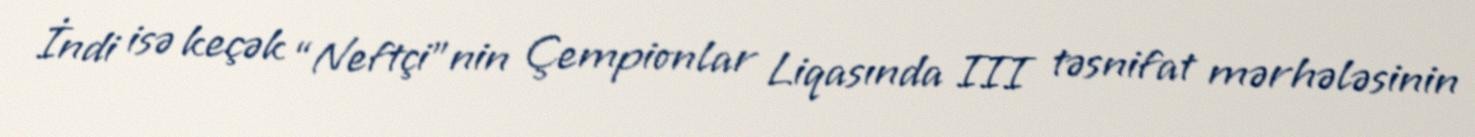
İndi isə keçək “Neftçi”nin Çempionlar Liqasında III təsnifat mərhələsinin